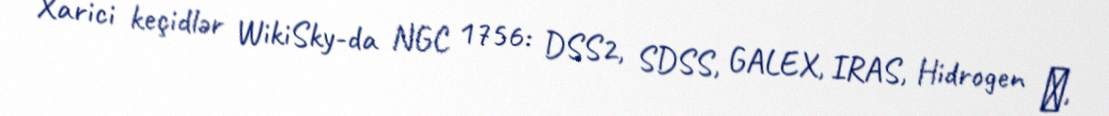
Xarici keçidlər WikiSky-da NGC 1756: DSS2, SDSS, GALEX, IRAS, Hidrogen α,